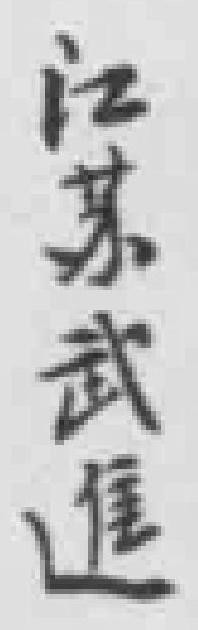
江苏武進